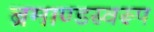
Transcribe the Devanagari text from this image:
ब्रमाण्डस्वरूप